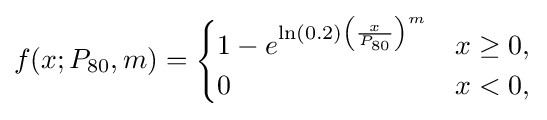
f(x;P_{\rm {80}},m)={\begin{cases}1-e^{\ln \left(0.2\right)\left({\frac {x}{P_{\rm {80}}}}\right)^{m}}&x\geq 0,\\0&x<0,\end{cases}}